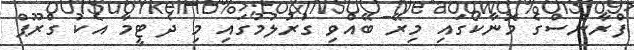
ފްރާންސްގެ މޮނާކޯގައި މިރޭ ބޭއްވި ގުރުލުމުގައި މި ދެ ޓީމާ އެކު ގްރޫޕް